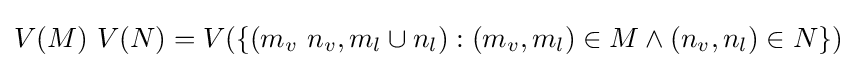
V(M)\ V(N)=V(\{(m_{v}\ n_{v},m_{l}\cup n_{l}):(m_{v},m_{l})\in M\land (n_{v},n_{l})\in N\})